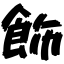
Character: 飾